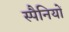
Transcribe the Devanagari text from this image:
स्पैनियों